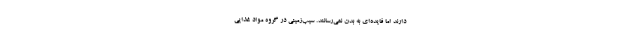
دارند اما فایده‌ای به بدن نمی‌رسانند. سیب‌زمینی در گروه مواد غذایی